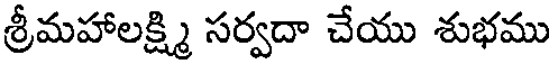
శ్రీమహాలక్ష్మి సర్వదా చేయు శుభము